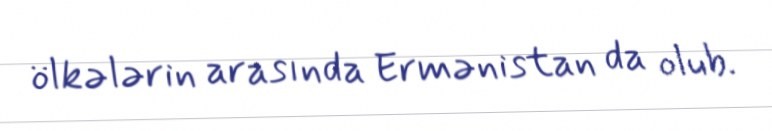
ölkələrin arasında Ermənistan da olub.